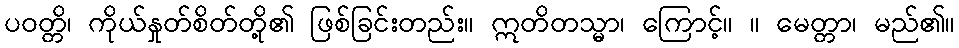
ပဝတ္တိ၊ ကိုယ်နှုတ်စိတ်တို့၏ ဖြစ်ခြင်းတည်း။ ဣတိတသ္မာ၊ ကြောင့်။ ။ မေတ္တာ၊ မည်၏။